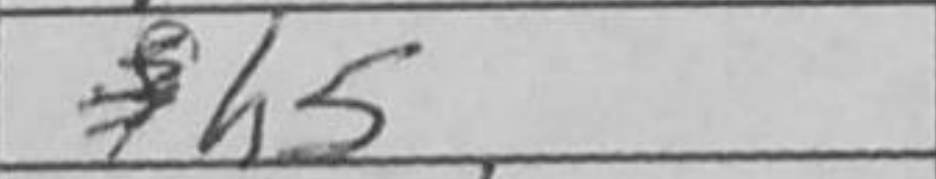
Transcription: h5